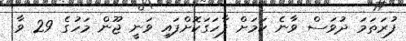
ފުރަތަމަ ދުވަސް ވާނެ ކަމަށް ފާހަގަކޮށްފައި ވަނީ ޖޫން މަހުގެ 29 ވާ